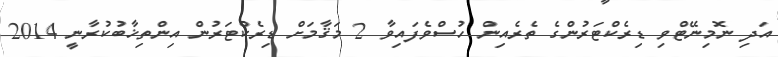
އަދި ނޮމިނޭޓްވި ޑިރެކްޓަރުންގެ ތެރެއިން ހުސްވެފައިވާ 2 މަޤާމަށް ޑިރެކްޓަރުން އިންތިޚާބުކުރާނީ 2014